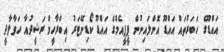
އައްޑޫގެ ހަބަރުތައް އައްޑޫ އޮންލައިނުން ޕީޕީއެމްގެ އައްޑޫ ކޯޑިނޭޓަރު އިބްރާހީމް ރަޝީދުއާ ހަވާލާދީ